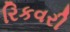
રિકવરી